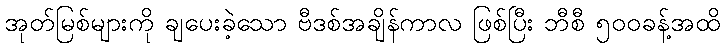
အုတ်မြစ်များကို ချပေးခဲ့သော ဗီဒစ်အချိန်ကာလ ဖြစ်ပြီး ဘီစီ ၅၀၀ခန့်အထိ